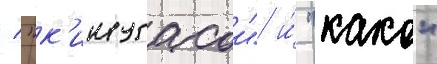
/ "к'инугасои" и́ "како"